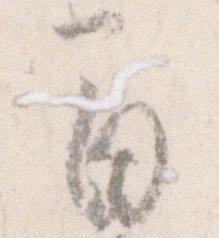
間